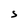
Character: S